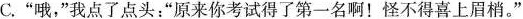
C.”哦，”我点了点头：”原来你考试得了第一名啊！怪不得喜上眉梢。”